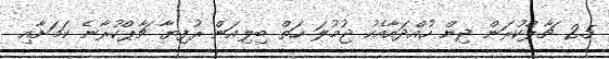
2.5 ޗާޕްކުރަން ދިން ހުއްދައާއެކު ޖުމުލަ ހަތް ބިލިއަން ރުފިޔާ ޗާޕްކުރާނެ ކަމަށާއި